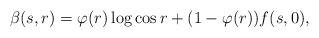
LaTeX: \begin{align*}\beta(s,r)=\varphi(r)\log\cos r + (1-\varphi(r))f(s,0),\end{align*}